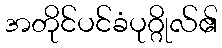
အတိုင်ပင်ခံပုဂ္ဂိုလ်၏